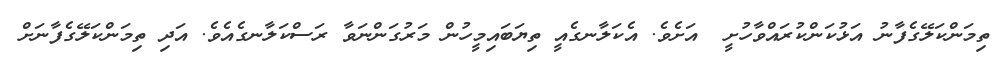
ތިމަންކަލޭގެފާނު އަޅުކަންކުރައްވާހުށީ  އަށެވެ. އެކަލާނގެއީ ތިޔަބައިމީހުން މަރުގަންނަވާ ރަސްކަލާނގެއެވެ. އަދި ތިމަންކަލޭގެފާނަށް